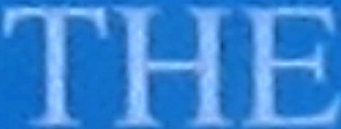
THE